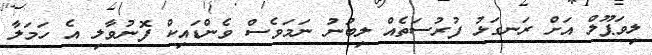
ލިވަޕޫލް އަށް ރަނގަޅު ފުރުސަތެއް ލިބުނު ނަމަވެސް ވެންޑައިކް ފޮނުވާލި އެ ހަމަލާ